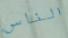
الناس